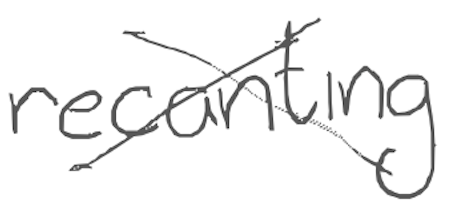
Text: recanting
Cross-out: mix
Writing tool: digital_gray